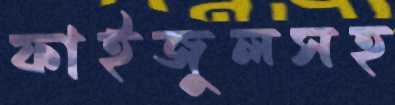
ফাইজুলসহ